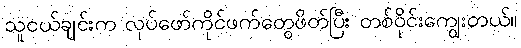
သူငယ်ချင်းက လုပ်ဖော်ကိုင်ဖက်တွေဖိတ်ပြီး တစ်ဝိုင်းကျွေးတယ်။